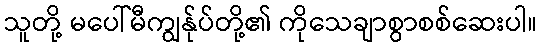
သူတို့ မပေါ်မီကျွန်ုပ်တို့၏ ကိုသေချာစွာစစ်ဆေးပါ။